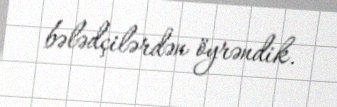
bələdçilərdən öyrəndik.